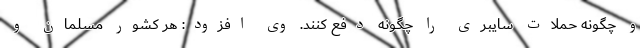
و چگونه حملات سایبری را چگونه دفع کنند. وی افزود: هر کشور مسلمان و